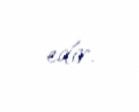
edir.